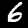
Label: 6